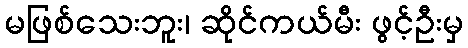
မဖြစ်သေးဘူး၊ ဆိုင်ကယ်မီး ဖွင့်ဦးမှ